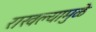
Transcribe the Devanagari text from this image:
राखल्यामुळे